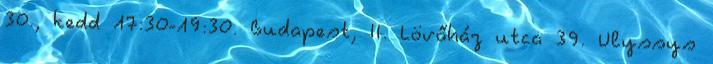
30., kedd 17:30-19:30. Budapest, II. Lövőház utca 39. Ulyssys